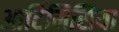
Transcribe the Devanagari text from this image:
आर्टिमिसिया